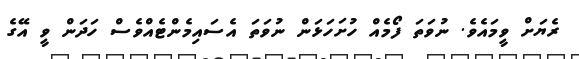
ރެޔަށް ވީމައެވެ. ނުވަތަ ފޯމެއް ހުށަހަޅަން ނުވަތަ އެސައިމެންޓެއްވެސް ހަދަން ވީ އޭގެ